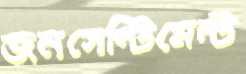
জনসেন্টিমেন্ট